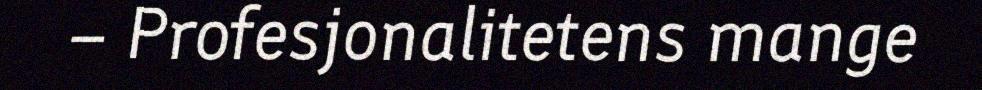
– Profesjonalitetens mange